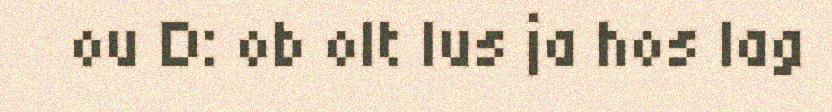
ou D: ob olt lus ja hos lag